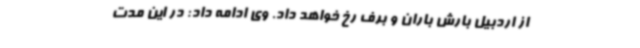
از اردبیل بارش باران و برف رخ خواهد داد. وی ادامه داد: در این مدت